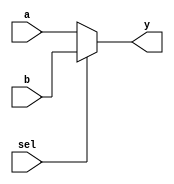
module mux2to1 (
    input wire a,        // Input A
    input wire b,        // Input B
    input wire sel,      // Select signal
    output reg y         // Output
);

always @* begin
    if (sel) begin
        y = b;          // If sel is 1, output B
    end else begin
        y = a;          // If sel is 0, output A
    end
end

endmodule